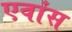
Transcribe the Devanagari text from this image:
एवांस